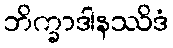
ဘိက္ခာဒါနဿိဒံ